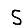
Digit: 5